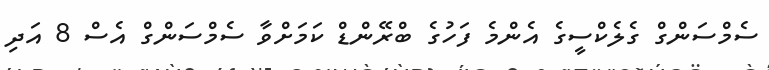
ސެމްސަންގް ގެލެކްސީގެ އެންމެ ފަހުގެ ބްރޭންޑް ކަމަށްވާ ސެމްސަންގް އެސް 8 އަދި